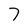
Character: 7